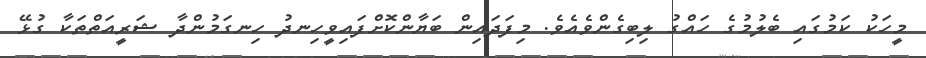
މީހަކު ކަމުގައި ބެލުމުގެ ހައްގު ލިބިގެންވެއެވެ. މިފަދައިން ބަޔާންކޮށްފައިވީހިނދު ހިނގަމުންދާ ޝަރީއަތްތަކާ ގުޅޭ